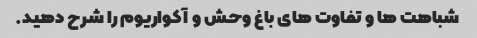
شباهت ها و تفاوت های باغ وحش و آکواریوم را شرح دهید.